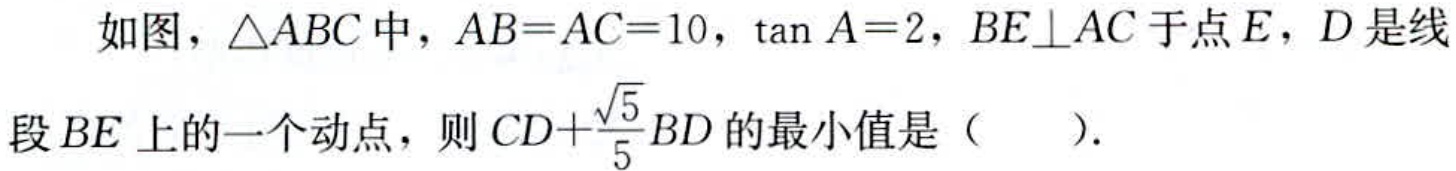
如图，\(\triangle ABC\)中，\(AB = AC = 10\)，\(\tan A = 2\)，\(BE\perp AC\)于点\(E\)，\(D\)是线段\(BE\)上的一个动点，则\(CD+\frac{\sqrt{5}}{5}BD\)的最小值是（  ）.